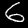
Digit: 6